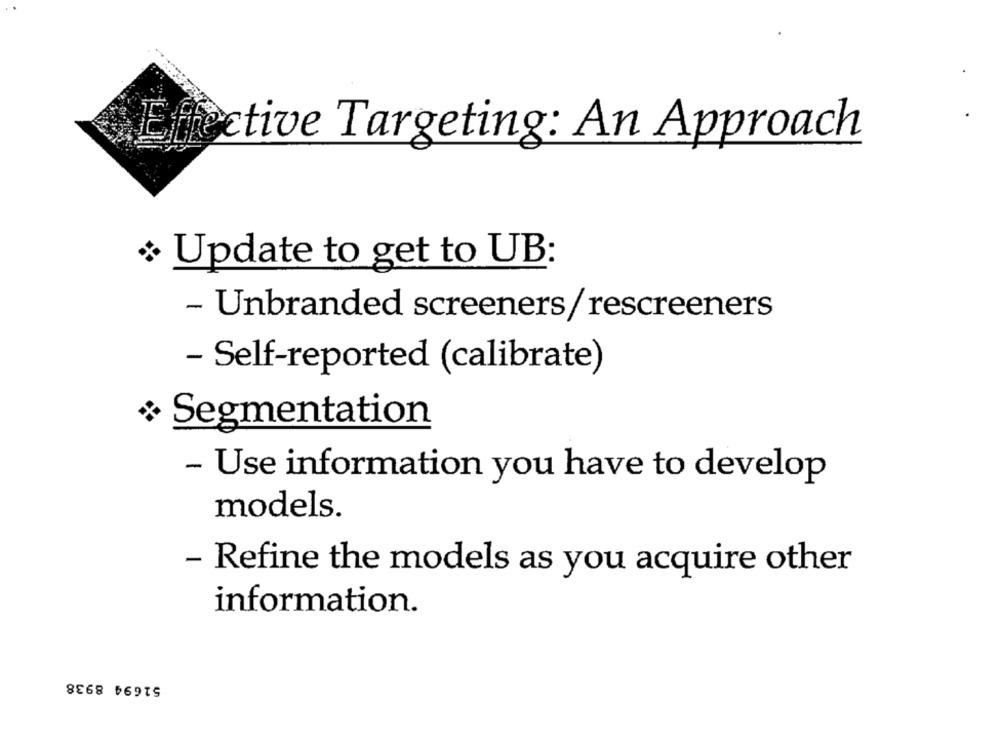
Effective Targeting: An Approach
Update to get to UB:
- Unbranded screeners/ rescreeners
- Self-reported (calibrate)
Segmentation
- Use information you have to develop
models.
- Refine the models as you acquire other
information.
51694 8938